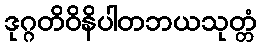
ဒုဂ္ဂတိဝိနိပါတဘယသုတ္တံ